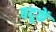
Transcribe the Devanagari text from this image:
बदूकें